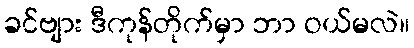
ခင်ဗျား ဒီကုန်တိုက်မှာ ဘာ ဝယ်မလဲ။